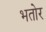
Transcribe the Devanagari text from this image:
भतोर